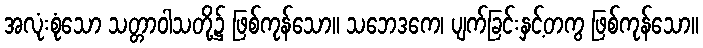
အလုံးစုံသော သတ္တာဝါသတို့၌ ဖြစ်ကုန်သော။ သဘေဒကေ၊ ပျက်ခြင်းနှင့်တကွ ဖြစ်ကုန်သော။